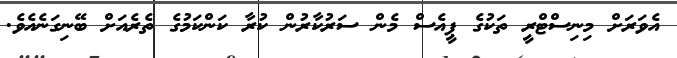
އެވަރަށް މިނިސްޓްރީ ތަކުގެ ޕީއެސް މެން ސަރުކާރުން ކުރާ ކަންކަމުގެ ތެރެއަށް ބޭނިގަނެއެވެ.